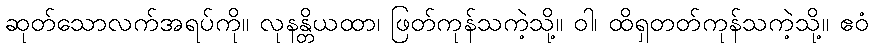
ဆုတ်သောလက်အရပ်ကို။ လုနန္တိယထာ၊ ဖြတ်ကုန်သကဲ့သို့။ ဝါ၊ ထိရှတတ်ကုန်သကဲ့သို့။ ဧဝံ